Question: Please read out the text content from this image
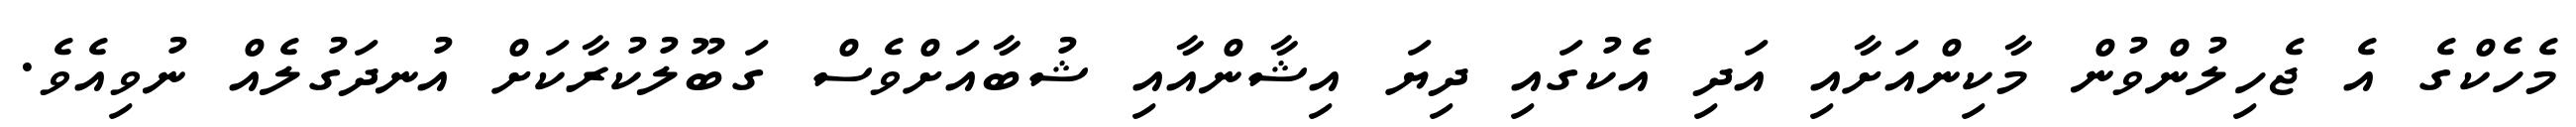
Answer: މެހެކްގެ އެ ޖެހިލުންވުން މާކިންއަށާއި އަދި އެކުގައި ދިޔަ އިޝާންއާއި ޝުބާއަށްވެސް ގަބޫލުކުރާކަށް އުނދަގުލެއް ނުވިއެވެ.